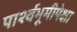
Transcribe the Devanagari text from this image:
पार्श्वभूमीपेक्षा